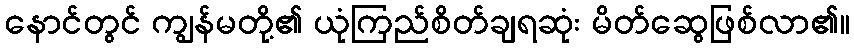
နောင်တွင် ကျွန်မတို့၏ ယုံကြည်စိတ်ချရဆုံး မိတ်ဆွေဖြစ်လာ၏။